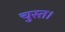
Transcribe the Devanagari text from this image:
चुस्त।